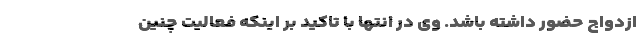
ازدواج حضور داشته باشد. وی در انتها با تاکید بر اینکه فعالیت چنین